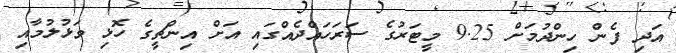
އަދި ފެން ހިންދުމަށް 9.25 މީޓަރުގެ ސަރަހައްދެއްގައި އަށް އިންޗީގެ ހޮޅި ވަޅުލުމާއި